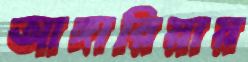
আঙ্গারিয়ায়